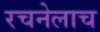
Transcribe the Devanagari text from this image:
रचनेलाच